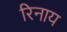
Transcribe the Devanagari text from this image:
रिनाय